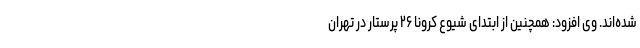
شده‌اند. وی افزود: همچنین از ابتدای شیوع کرونا ۲۶ پرستار در تهران